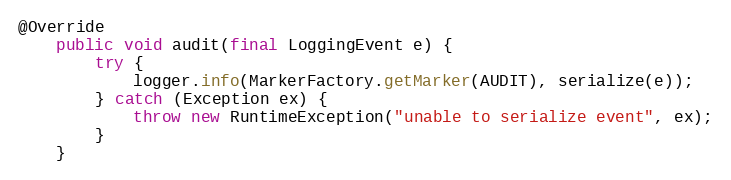
Language: Java
@Override
    public void audit(final LoggingEvent e) {
        try {
            logger.info(MarkerFactory.getMarker(AUDIT), serialize(e));
        } catch (Exception ex) {
            throw new RuntimeException("unable to serialize event", ex);
        }
    }